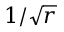
1 / \sqrt { r }